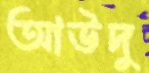
আউদু